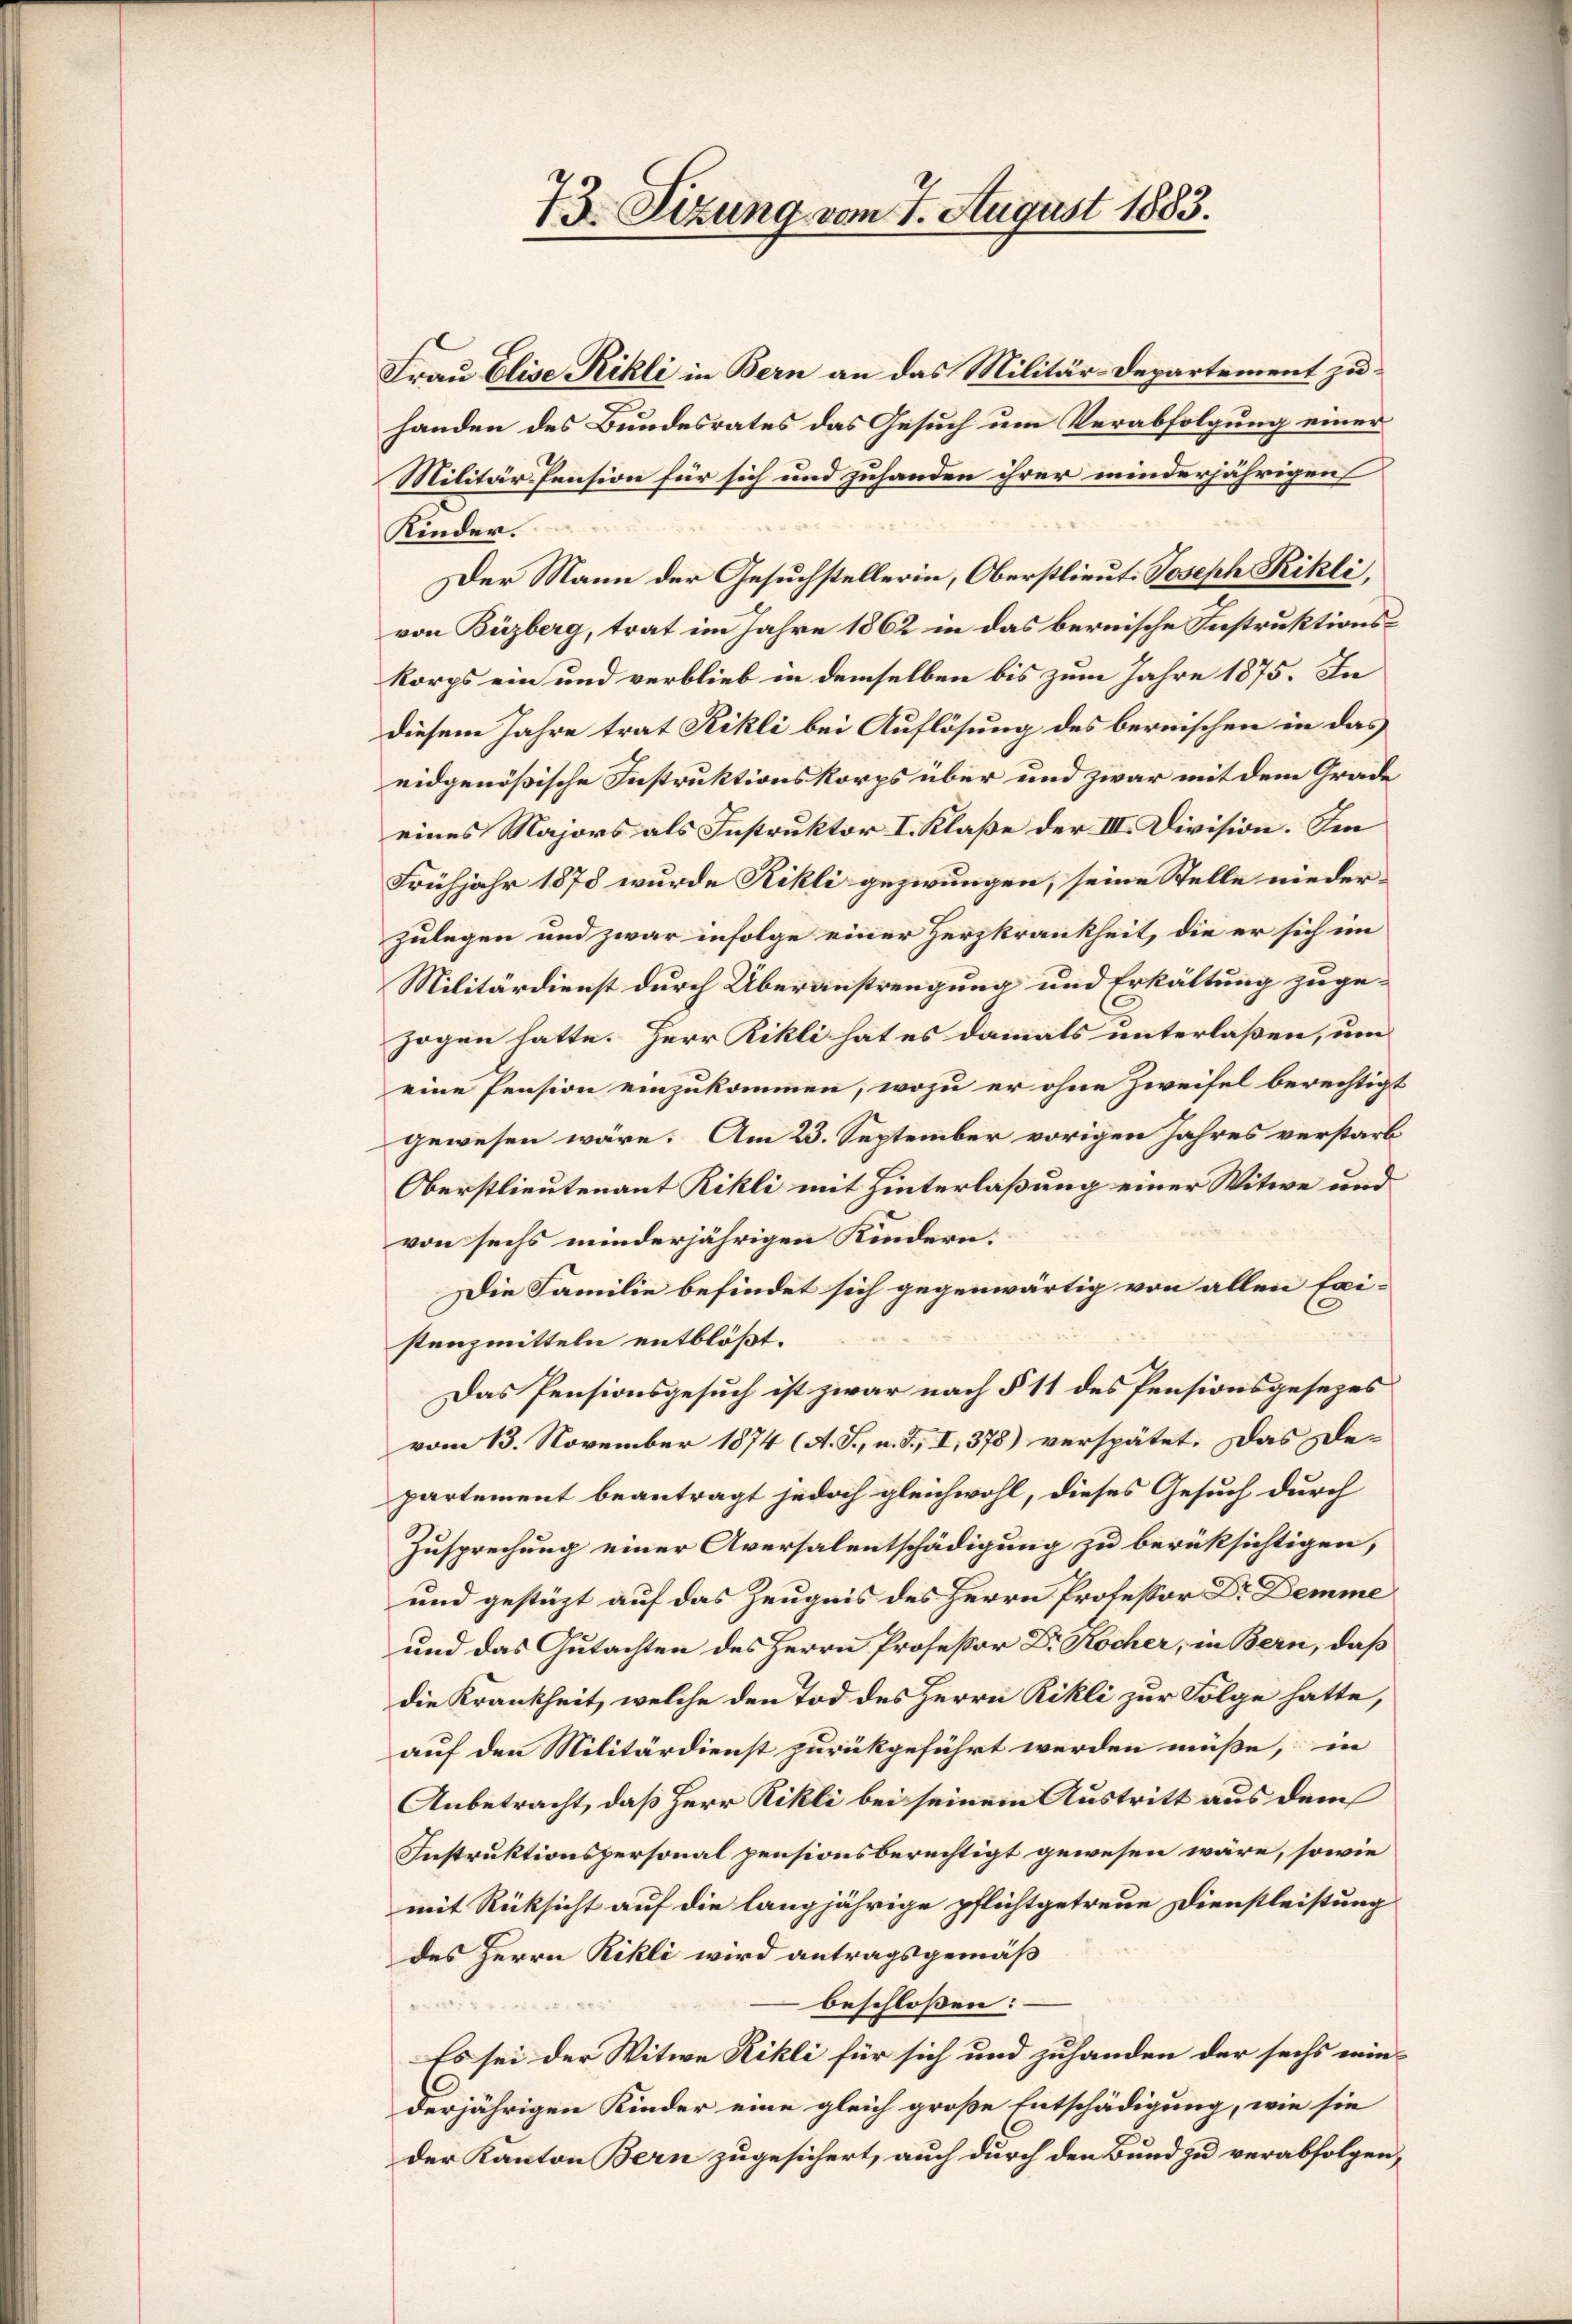
73. Sizung vom 7. August 1883.

Frau Elise Rikli in Bern an das Militär-Departement zu
handen des Bundesrates das Gesuch um Verabfolgung einer
Militär-Pension für sich und zuhanden ihrer minderjährigen
Kinder.
Der Mann der Gesuchstellerin, Oberstlieut. Joseph Rikli,
von Büzberg, trat im Jahre 1862 in das bernische Instruktionskorps ein und verblieb in demselben bis zum Jahre 1875. In
diesem Jahre trat Kikli bei Auflösung des bernischen in das
eidgenößische Instruktionskorps über und zwar mit dem Grade
eines Majors als Instruktor I. Klaße der III. Division. Im
Frühjahr 1878 wurde Rikli gezwungen, seine Stelle nieder-
zulegen und zwar infolge einer Herzkrankheit, die er sich im
Militärdienst durch Überanstrengung und Erkältung zugezogen hatte. Herr Rikli hat es damals unterlaßen, um
eine Pension einzukommen, wozu er ohne Zweifel berechtigt
gewesen wäre. Am 23. September vorigen Jahres verstarb
Oberstlieutenant Rikli mit Hinterlaßung einer Witwe und
von sechs minderjährigen Kindern:
Die Familie befindet sich gegenwärtig von allen Exi-
stenzmitteln entblößt.
Das Pensionsgesuch ist zwar nach § 11 des Pensionsgesezes
vom 13. November 1874 (A. S., n. F., I, 378) verspätet. Das De-
partement beantragt jedoch gleichwohl, dieses Gesuch durch
Zusprechung einer Aversalentschädigung zu berüksichtigen,
und gestüzt auf das Zeugnis des Herrn Professor Dr. Demme
und das Gutachten des Herrn Professor Dr. Kocher, in Bern, daß
die Krankheit, welche den Tod des Herrn Rikli zur Folge hatte,
auf den Militärdienst zurückgeführt werden müße, in
Anbetracht, daß Herr Rikli bei seinem Austritt aus dem
Instruktionspersonal pensionsberechtigt gewesen wäre, sowie
mit Rücksicht auf die langjährige pflichtgetreue Dienstleistung
des Herrn Rikli wird antragsgemäß
beschloßen:
Es sei der Witwe Rikli für sich und zuhanden der sechs wiederjährigen Kinder eine gleich große Entschädigung, wie sie
der Kanton Bern zugesichert, auch durch den Bund zu verabfolgen,